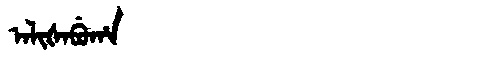
Manchu: ᠠᠯᡳᡧᠠᠪᡠᡥᠠ
Romanization: ALIŠABUHA